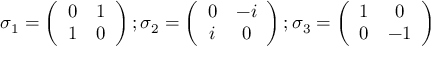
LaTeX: \sigma _ { 1 } = \left( \begin{array} { c c } { { 0 } } & { { 1 } } \\ { { 1 } } & { { 0 } } \end{array} \right) ; \sigma _ { 2 } = \left( \begin{array} { c c } { { 0 } } & { { - i } } \\ { { i } } & { { 0 } } \end{array} \right) ; \sigma _ { 3 } = \left( \begin{array} { c c } { { 1 } } & { { 0 } } \\ { { 0 } } & { { - 1 } } \end{array} \right)